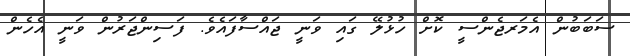
ސަބަބުން އެމަރޖެންސީ ކޮށް ހުޅުލޭ ގައި ވަނީ ޖައްސާފައެވެ. ފަސިންޖަރުން ވަނީ އެހެން